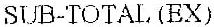
SUB-TOTAL (EX)